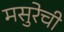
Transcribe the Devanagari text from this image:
मसुरेची